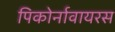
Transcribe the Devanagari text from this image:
पिकोर्नावायरस